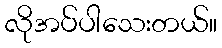
လိုအပ်ပါသေးတယ်။